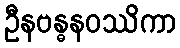
ဦနဗန္ဓနဝဿိကာ